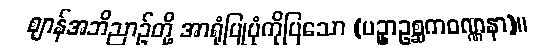
ဈာန်အဘိညာဉ်တို့ အာရုံပြုပုံကိုပြသော (ပဥှာဥစ္ဆကဝဏ္ဏနာ)။